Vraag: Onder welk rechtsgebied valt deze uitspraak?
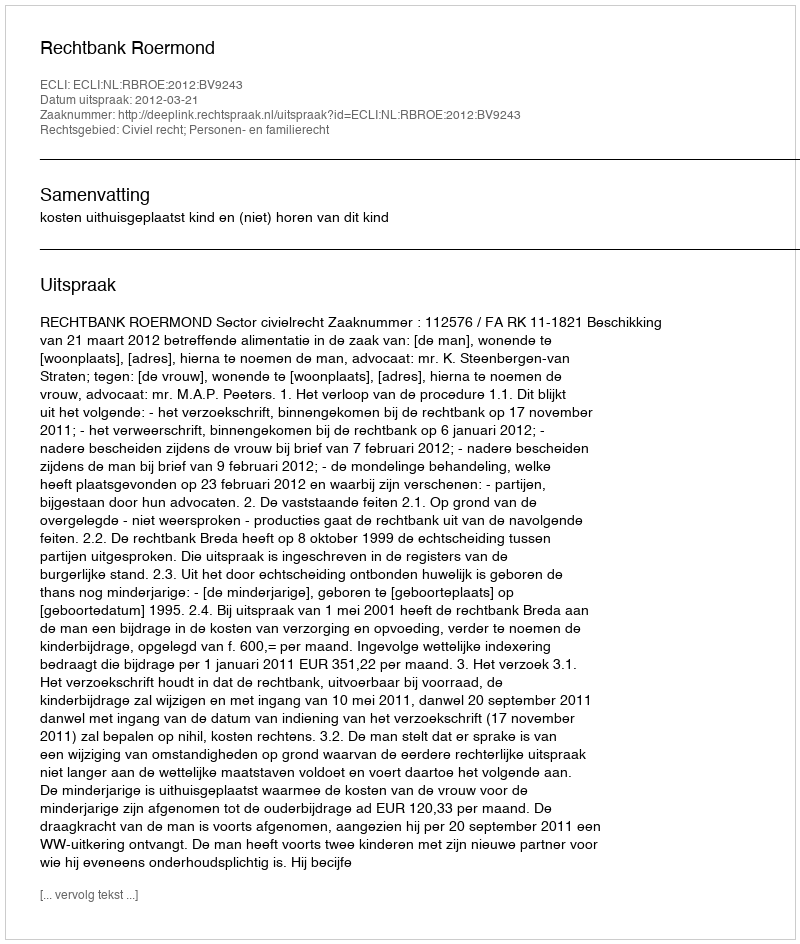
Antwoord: Civiel recht; Personen- en familierecht